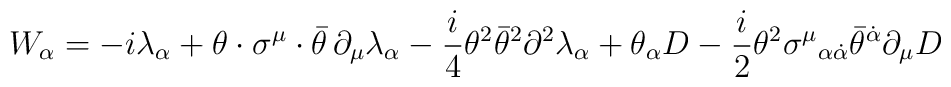
W_\alpha=-i\lambda_\alpha+\theta\cdot\sigma^\mu\cdot\bar{\theta }\,\partial_\mu\lambda_\alpha-\frac{i}{4} \theta^2 \bar{\theta}^2\partial^2  \lambda_\alpha+\theta_\alpha D-\frac{i}{2}\theta^2\sigma^\mu{}_{\alpha\dot{\alpha}}\bar{\theta}^{\dot{\alpha}}\partial_\mu D